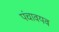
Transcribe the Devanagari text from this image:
पंचावयव